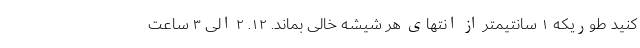
کنید طوریکه ۱ سانتیمتر از انتهای هر شیشه خالی بماند. ۱۲. ۲ الی ۳ ساعت